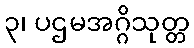
၃၊ ပဌမအဂ္ဂိသုတ္တ